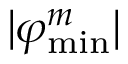
| \varphi _ { \mathrm { m i n } } ^ { m } |